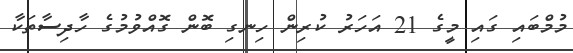
މުމްބައި ގައި މީގެ 21 އަހަރު ކުރިން ހިނގި ބޮން ގޮއްވުމުގެ ހާދިސާތަކާ